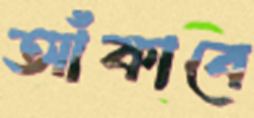
আঁকাবে